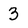
Character: 3